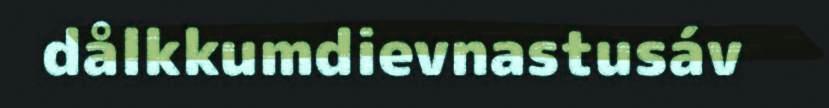
dålkkumdievnastusáv